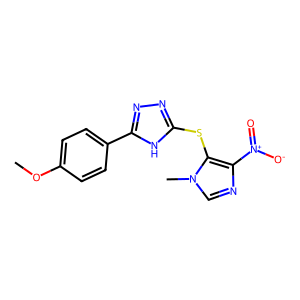
SMILES: COc1ccc(-c2nnc(Sc3c([N+](=O)[O-])ncn3C)[nH]2)cc1
Inhibits HIV replication: No